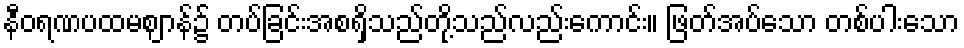
နီဝရဏပထမဈာန်၌ တပ်ခြင်းအစရှိသည်တို့သည်လည်းကောင်း။ ဖြတ်အပ်သော တစ်ပါးသော